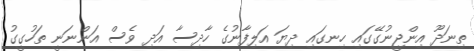
ތިނަދޫ އިންޖީނުގޭގައި ހިނގައި ދިޔަ އަލިފާނުގެ ހާދިސާ އަދި ވެސް އަންނަނީ ތަހުގީގު